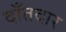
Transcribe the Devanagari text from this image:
दाँतदार